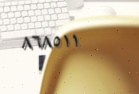
٨٦٨٥١١